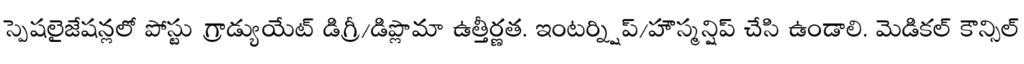
స్పెషలైజేషన్లలో పోస్టు గ్రాడ్యుయేట్ డిగ్రీ/డిప్లొమా ఉత్తీర్ణత. ఇంటర్న్షిప్/హౌస్మన్షిప్ చేసి ఉండాలి. మెడికల్ కౌన్సిల్